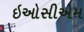
ઇઓસીએમ